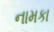
નામકા